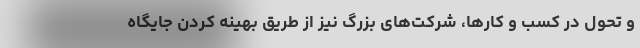
و تحول در کسب و کارها، شرکت‌های بزرگ نیز از طریق بهینه کردن جایگاه